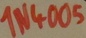
Text: 1N4005